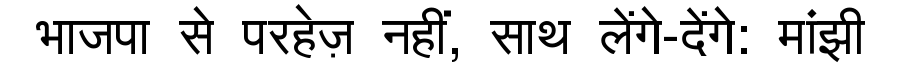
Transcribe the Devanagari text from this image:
भाजपा से परहेज़ नहीं, साथ लेंगे-देंगे: मांझी